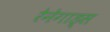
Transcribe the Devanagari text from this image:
रेनेगाड्स